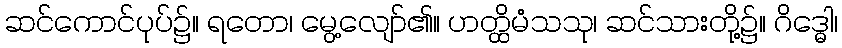
ဆင်ကောင်ပုပ်၌။ ရတော၊ မွေ့လျော်၏။ ဟတ္ထိမံသသု၊ ဆင်သားတို့၌။ ဂိဒ္ဓေါ၊